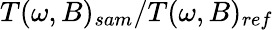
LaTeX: T(\omega,B)_{sam}/T(\omega,B)_{ref}